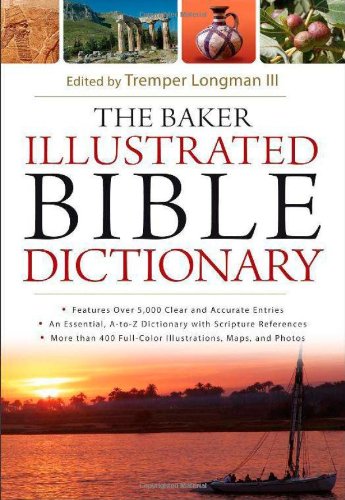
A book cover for The Baker Illustrated Bible Dictionary; Christian Books & Bibles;